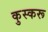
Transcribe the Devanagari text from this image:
कुस्करू